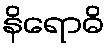
နိရောဓိ